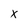
Character: X